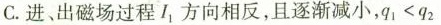
C.进、出磁场过程l_{1}方向相反，且逐渐减小，$$q 1 < q 2$$